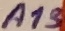
Text: A13